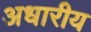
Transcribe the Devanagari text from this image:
अधारीय